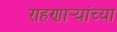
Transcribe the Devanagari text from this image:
राहणार्‍यांच्या